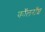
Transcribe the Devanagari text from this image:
कॉलरॉश